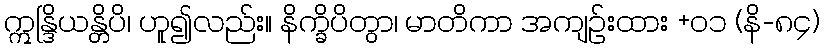
ဣန္ဒြိယန္တိပိ၊ ဟူ၍လည်း။ နိက္ခိပိတွာ၊ မာတိကာ အကျဉ်းထား +၀၁ (နိ-၈၄)